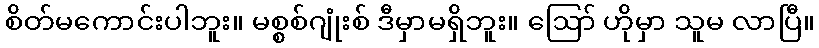
စိတ်မကောင်းပါဘူး။ မစ္စစ်ဂျုံးစ် ဒီမှာမရှိဘူး။ ဪ ဟိုမှာ သူမ လာပြီ။